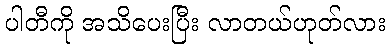
ပါတီကို အသိပေးပြီး လာတယ်ဟုတ်လား